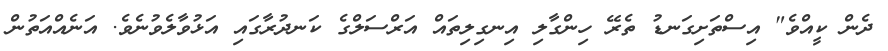
ދެން ކީއްވެ" އިސްތަށިގަނޑު ތެރޭ ހިންގާލި އިނގިލިތައް އަރްސަލްގެ ކަނދުރާގައި އަޅުވާލެވުނެވެ. އަނެއްއަތުން